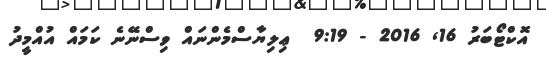
އޮކްޓޯބަރު 16